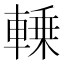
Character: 𰹛